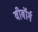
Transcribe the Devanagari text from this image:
वीबॉर्ग